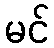
မင်